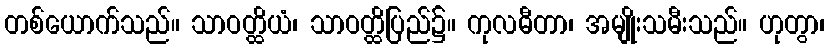
တစ်ယောက်သည်။ သာဝတ္ထိယံ၊ သာဝတ္ထိပြည်၌။ ကုလဓီတာ၊ အမျိုးသမီးသည်။ ဟုတွာ၊